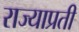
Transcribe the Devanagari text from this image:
राज्याप्रती